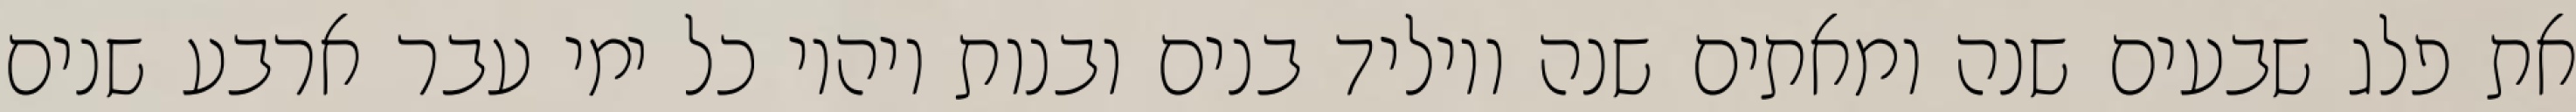
את פלג שבעים שנה ומאתים שנה ויוליד בנים ובנות ויהיו כל ימי עבר ארבע שנים